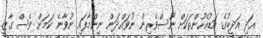
އަދި އަދީބުގެ އަޑުއެހުންތަކަށް ނޫސްވެރިން ނުވައްދަން ނިންމާފައި ނުވާނެ ކަމަށް ވެސް ގާޒީ